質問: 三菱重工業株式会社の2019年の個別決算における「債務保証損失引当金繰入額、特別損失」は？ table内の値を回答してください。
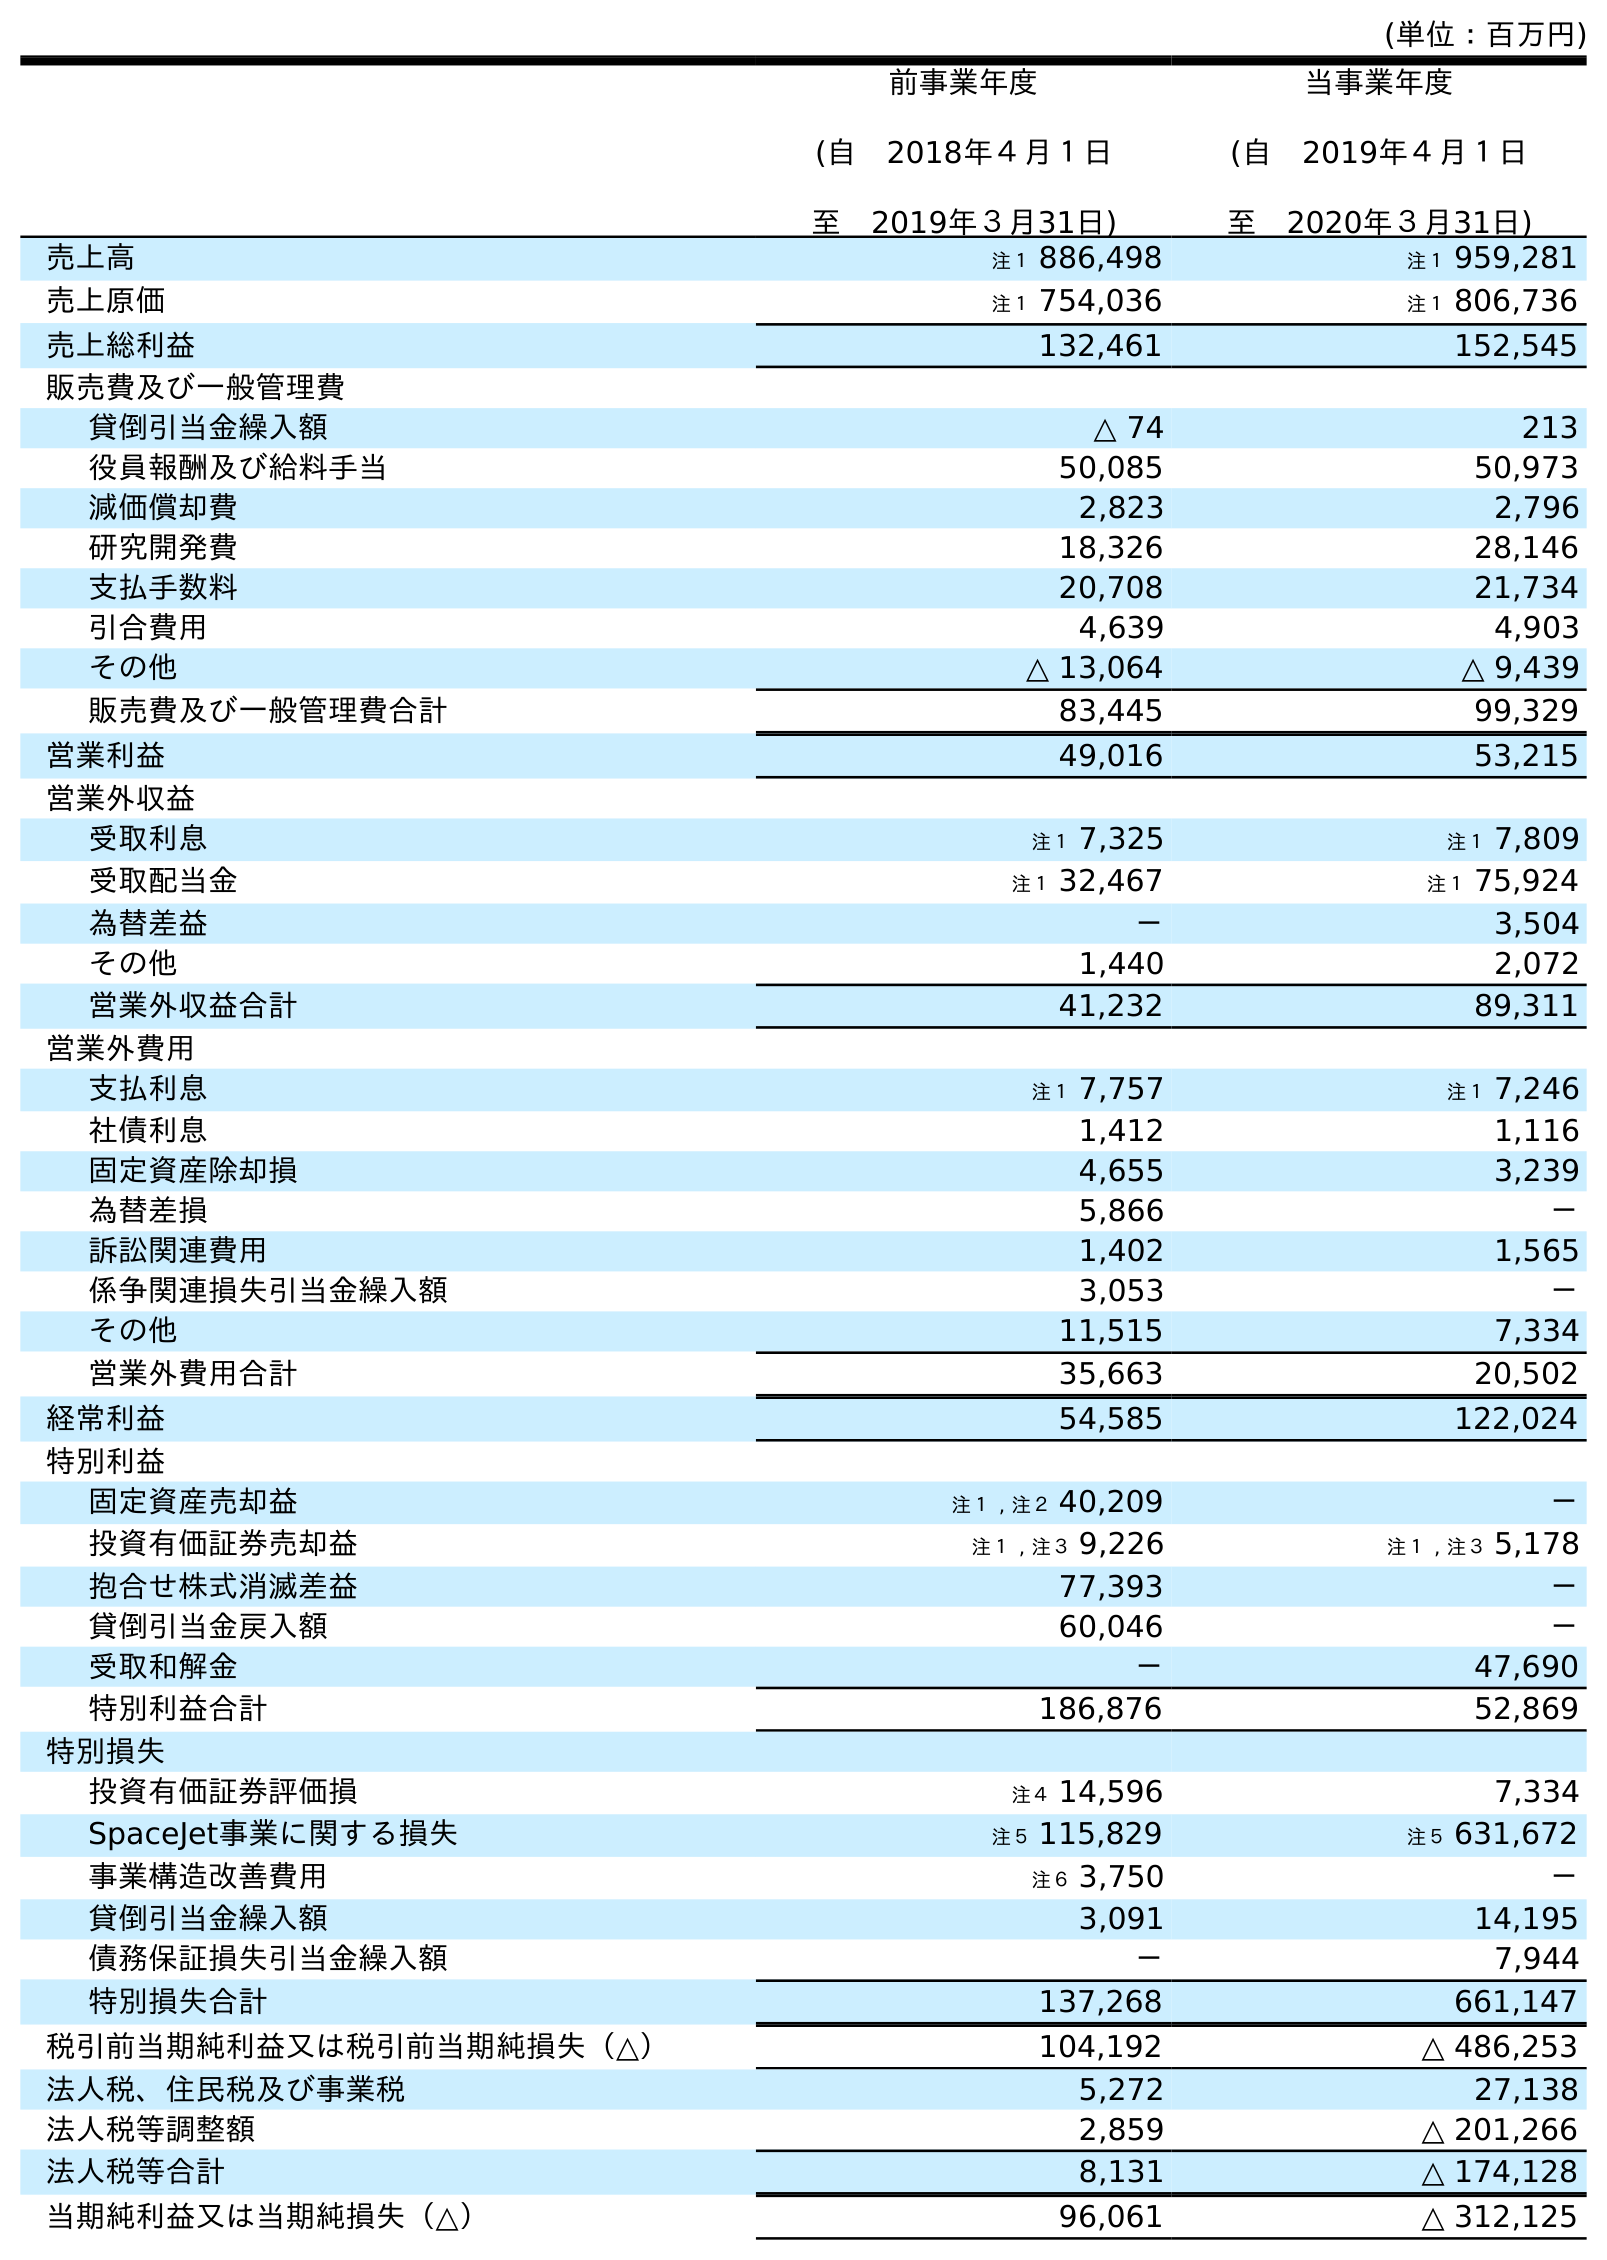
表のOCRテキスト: (単位：百万円) 前事業年度 (自 2018年４月１日 至 2019年３月31日) 当事業年度 (自 2019年４月１日 至 2020年３月31日) 売上高 注１ 886,498 注１ 959,281 売上原価 注１ 754,036 注１ 806,736 売上総利益 132,461 152,545 販売費及び一般管理費 貸倒引当金繰入額 △ 74 213 役員報酬及び給料手当 50,085 50,973 減価償却費 2,823 2,796 研究開発費 18,326 28,146 支払手数料 20,708 21,734 引合費用 4,639 4,903 その他 △ 13,064 △ 9,439 販売費及び一般管理費合計 83,445 99,329 営業利益 49,016 53,215 営業外収益 受取利息 注１ 7,325 注１ 7,809 受取配当金 注１ 32,467 注１ 75,924 為替差益 － 3,504 その他 1,440 2,072 営業外収益合計 41,232 89,311 営業外費用 支払利息 注１ 7,757 注１ 7,246 社債利息 1,412 1,116 固定資産除却損 4,655 3,239 為替差損 5,866 － 訴訟関連費用 1,402 1,565 係争関連損失引当金繰入額 3,053 － その他 11,515 7,334 営業外費用合計 35,663 20,502 経常利益 54,585 122,024 特別利益 固定資産売却益 注１ , 注２ 40,209 － 投資有価証券売却益 注１ , 注３ 9,226 注１ , 注３ 5,178 抱合せ株式消滅差益 77,393 － 貸倒引当金戻入額 60,046 － 受取和解金 － 47,690 特別利益合計 186,876 52,869 特別損失 投資有価証券評価損 注４ 14,596 7,334 SpaceJet事業に関する損失 注５ 115,829 注５ 631,672 事業構造改善費用 注６ 3,750 － 貸倒引当金繰入額 3,091 14,195 債務保証損失引当金繰入額 － 7,944 特別損失合計 137,268 661,147 税引前当期純利益又は税引前当期純損失（△） 104,192 △ 486,253 法人税、住民税及び事業税 5,272 27,138 法人税等調整額 2,859 △ 201,266 法人税等合計 8,131 △ 174,128 当期純利益又は当期純損失（△） 96,061 △ 312,125
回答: －